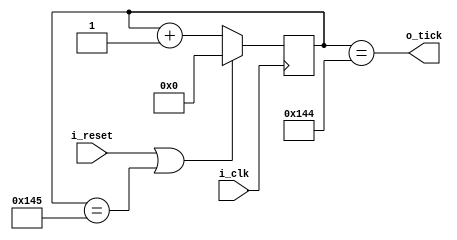
`timescale 1ns / 1ps
/////////////////////////////////////////////
//Genera un tick en o_tick 16 veces por BaudRate
//
//
//
/////////////////////////////////////////////
module Baudrate
#(
    //PARAMETERS
    parameter                   F_CLOCK     = 50000000              ,
    parameter                   BAUDRATE    = 9600                  ,
    parameter                   N_COUNT     = F_CLOCK/(BAUDRATE*16) 
   )
   (
    //OUTPUTS
    output      wire            o_tick      ,
    //INPUT
    input       wire            i_clk       ,
    input       wire            i_reset     
   );
   
   //Localparams
   localparam   nb_cnt = $clog2(N_COUNT);
   
   //Internal regs & wires
   wire [nb_cnt-1:0] next_count;
   reg  [nb_cnt-1:0] count;
   
   //Combinational Logic
   assign next_count = count + {{nb_cnt-1{1'b0}},1'b1};
   
   //Secuential Logic
   always @(posedge i_clk) begin : cuenta
        if(i_reset|(count==N_COUNT)) begin
            count <= {nb_cnt{1'b0}};
        end
        else begin
            count <= next_count;
        end
   end  
   
   //Output Assign
   assign o_tick = count == N_COUNT-1;
   
endmodule